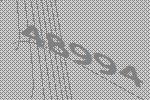
48994